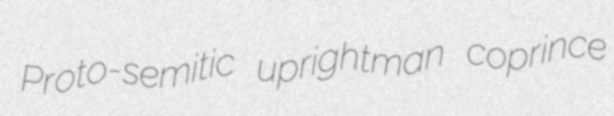
Proto-semitic uprightman coprince